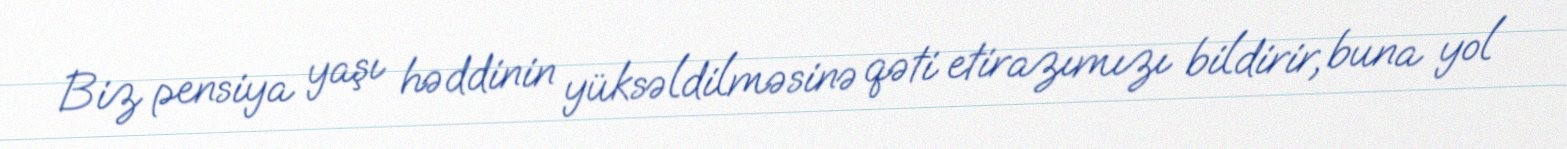
Biz pensiya yaşı həddinin yüksəldilməsinə qəti etirazımızı bildirir, buna yol